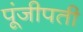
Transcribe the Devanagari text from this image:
पूंजीपती